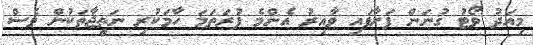
މިއަދު ވޯޓު ގުނަން ފަށާފައި ވާއިރު އެންމެ ފުރަތަމަ ހާމަކުރި ނަތީޖާތަކުން ވެސް